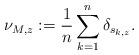
LaTeX: \begin{align*} \nu_{M,z} := \frac 1 n \sum_{k=1} ^n \delta_{s_{k,z}}.\end{align*}